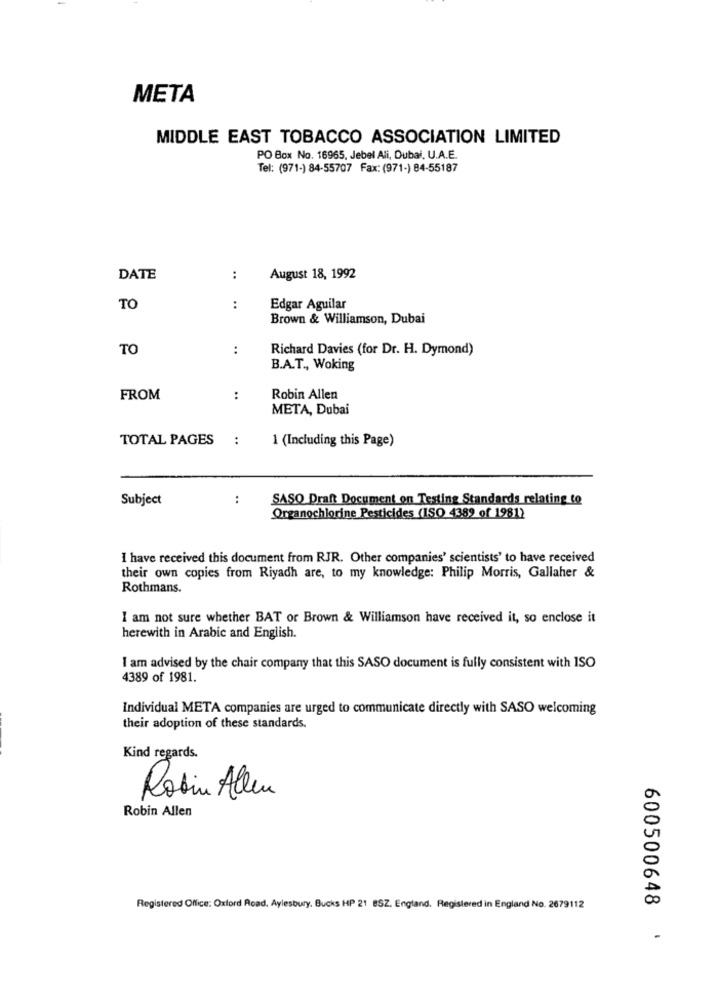
META
MIDDLE EAST TOBACCO ASSOCIATION LIMITED
PO Box No. 16965, Jebel Ali, Dubai, U.A.E.
Tel: (971-) 84-55707 Fax: (971-) 84-55187
DATE
:
August 18, 1992
TO
:
Edgar Aguilar
Brown & Williamson, Dubai
TO
:
Richard Davies (for Dr. H. Dymond)
B.A.T ., Woking
FROM
:
Robin Allen
META, Dubai
TOTAL PAGES:
1 (Including this Page)
Subject
..
SASO Draft Document on Testing Standards relating to
Organochlorine Pesticides (ISO 4389 of 1981)
I have received this document from RJR. Other companies' scientists' to have received
their own copies from Riyadh are, to my knowledge: Philip Morris, Gallaher &
Rothmans.
I am not sure whether BAT or Brown & Williamson have received it, so enclose it
herewith in Arabic and English.
I am advised by the chair company that this SASO document is fully consistent with ISO
4389 of 1981.
Individual META companies are urged to communicate directly with SASO welcoming
their adoption of these standards.
Kind regards.
Robin Allen
Robin Allen
Registered Office: Oxford Road. Aylesbury. Bucks HP 21 BSZ. England. Registered in England No. 2679112
600500648 '